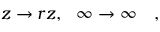
z \rightarrow r z , \ \ \infty \rightarrow \infty \quad ,